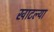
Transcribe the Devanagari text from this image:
खाटल्या